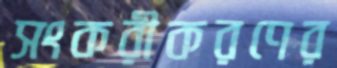
সংকরীকরণের